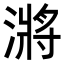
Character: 𭲎